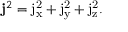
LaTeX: \mathbf { j } ^ { 2 } = \mathrm { j _ { x } ^ { 2 } } + \mathrm { j _ { y } ^ { 2 } } + \mathrm { j _ { z } ^ { 2 } } .